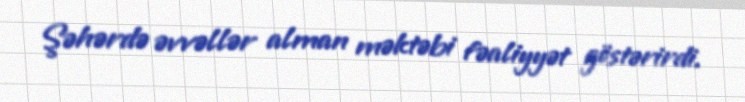
Şəhərdə əvvəllər alman məktəbi fəaliyyət göstərirdi.